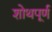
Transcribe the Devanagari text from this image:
शोथपूर्ण